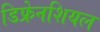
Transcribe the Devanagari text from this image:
डिफ्रेनशियल